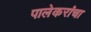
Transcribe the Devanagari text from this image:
पालेकरांचा